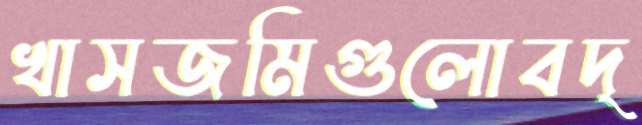
খাসজমিগুলোবদ্‌